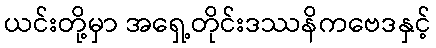
ယင်းတို့မှာ အရှေ့တိုင်းဒဿနိကဗေဒနှင့်